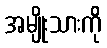
အမျိုးသားကို